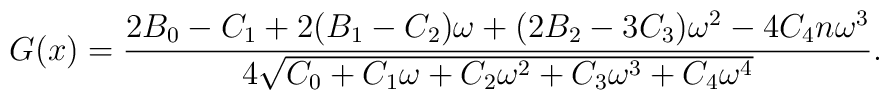
G(x)={{2{B_0} - {C_1} + 2({B_1} - {C_2}){\omega} +      (2{B_2} - 3{C_3}){{\omega}^2} -     4{C_4}n{{\omega}^3}}\over {4{\sqrt{{C_0} +         {C_1}{\omega} + {C_2}{{\omega}^2} + {C_3}{{\omega}^3} +         {C_4}{{\omega}^4}}}}}.